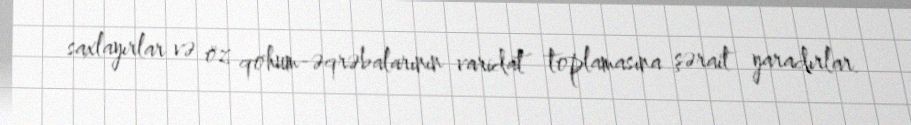
saxlayırlar və öz qohum-əqrəbalarının varidat toplamasına şərait yaradırlar.